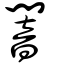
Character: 闇